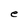
Character: e